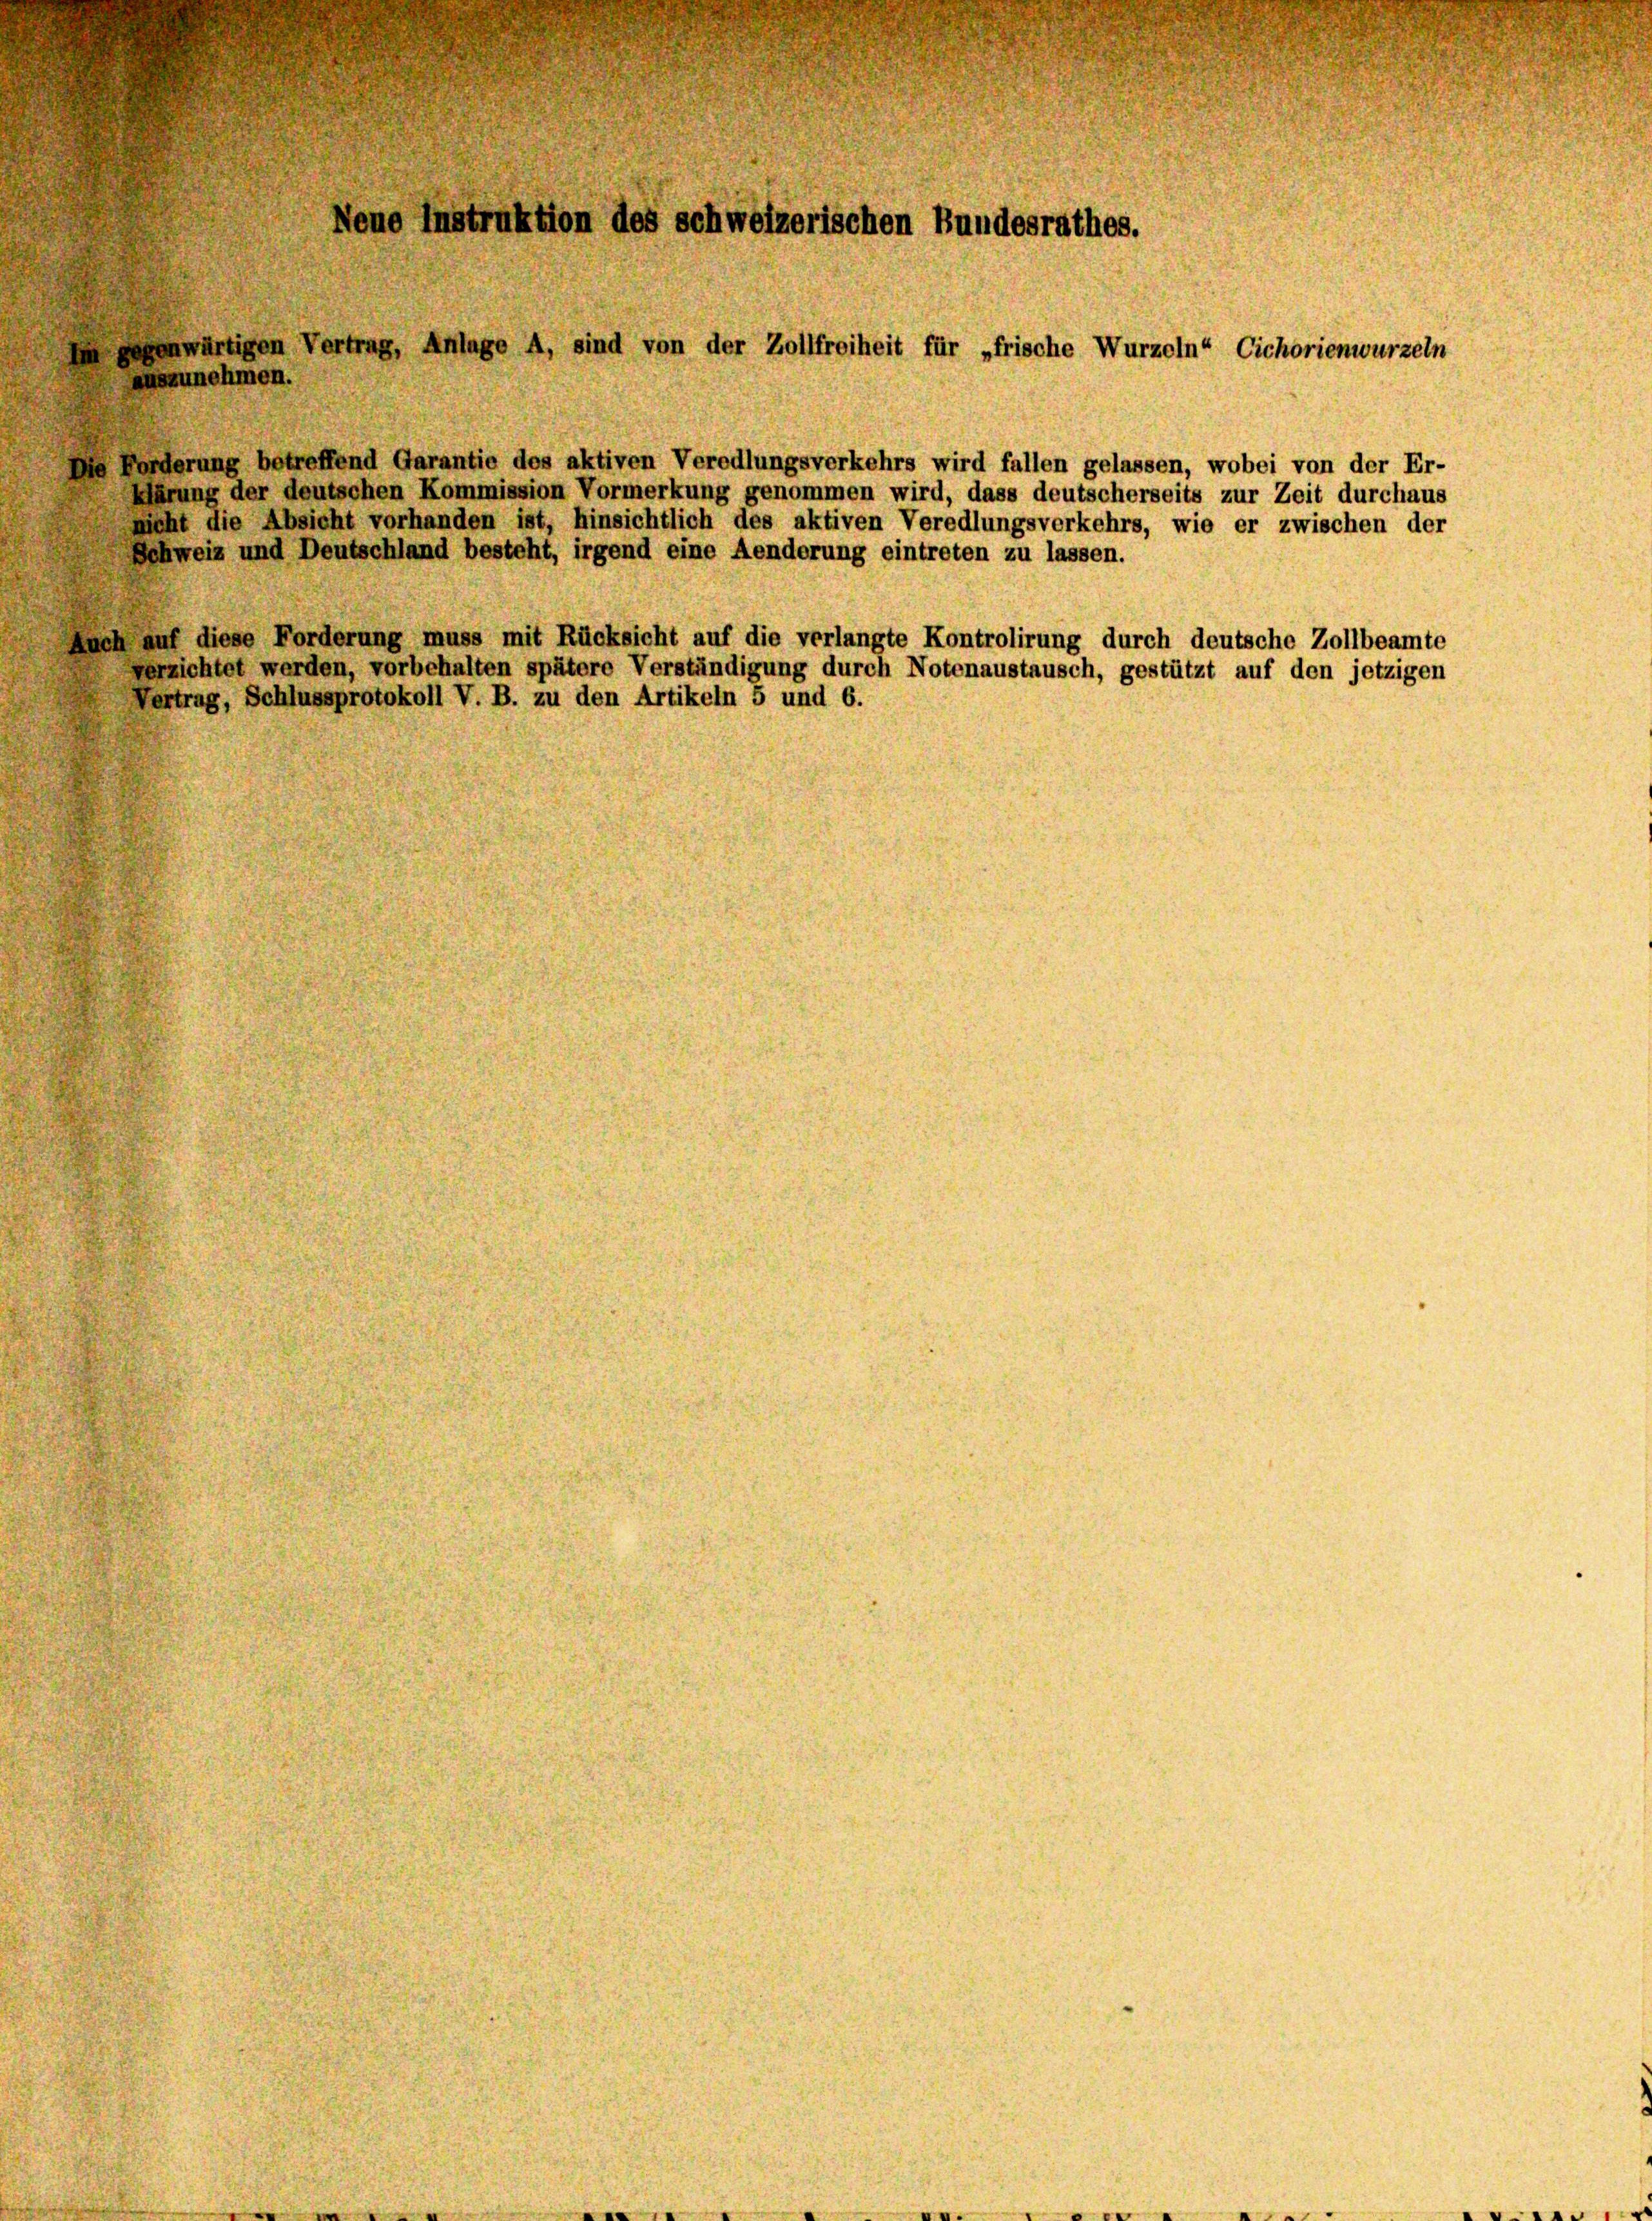
Neue Instruktion des schweizerischen Bundesrathes.

nwärtigen Vertrag, Anlage A, sind von der Zollfreiheit für „frische Wurzeln“ Cichorienwurzeln
szunehmen.
de Forderung betreffend Garantie des aktiven Veredlungsverkehrs wird fallen gelassen, wobei von der Er-
Klärung der deutschen Kommission Vormerkung genommen wird, dass deutscherseits zur Zeit durchaus
nicht die Absicht vorhanden ist, hinsichtlich des aktiven Veredlungsverkehrs, wie er zwischen der
Schweiz und Deutschland besteht, irgend eine Aenderung eintreten zu lassen.
Auch auf diese Forderung muss mit Rücksicht auf die verlangte Kontrolirung durch deutsche Zollbeamte
verzichtet werden, vorbehalten spätere Verständigung durch Notenaustausch, gestützt auf den jetzigen
Vertrag, Schlussprotokoll V. B. zu den Artikeln 5 und 6.